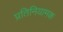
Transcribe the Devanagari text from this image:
प्रतिनियामक